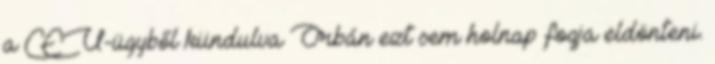
a CEU-ügyből kiindulva Orbán ezt sem holnap fogja eldönteni.